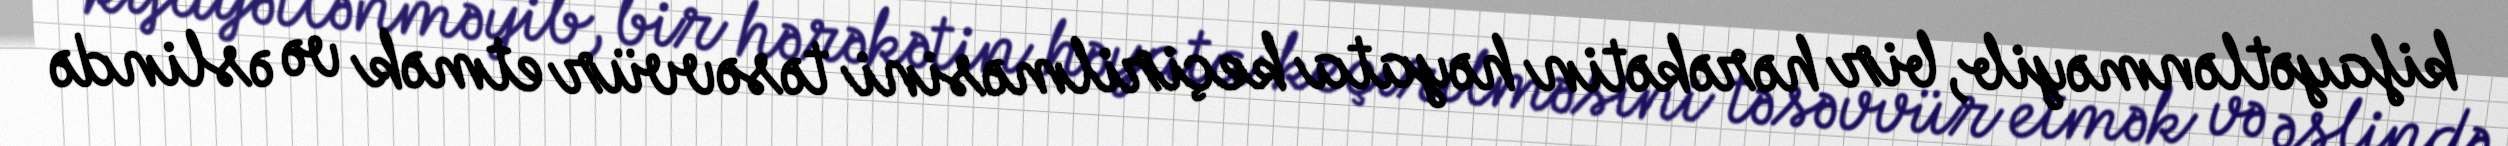
kifayətlənməyib, bir hərəkətin həyata keçirilməsini təsəvvür etmək və əslində